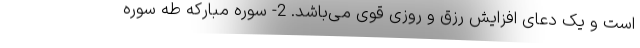
است و یک دعای افزایش رزق و روزی قوی می‌باشد. 2- سوره مبارکه طه سوره